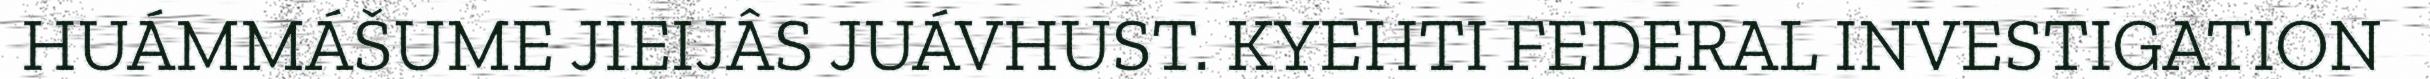
HUÁMMÁŠUME JIEIJÂS JUÁVHUST. KYEHTI FEDERAL INVESTIGATION